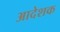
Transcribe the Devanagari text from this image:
आदेशक